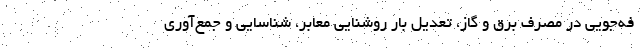
فه‌جویی در مصرف برق و گاز، تعدیل بار روشنایی معابر، شناسایی و جمع‌آوری